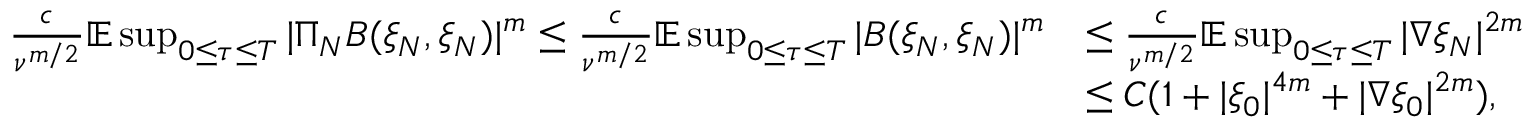
\begin{array} { r l } { \frac { c } { \nu ^ { m / 2 } } \mathbb { E } \operatorname* { s u p } _ { 0 \leq \tau \leq T } | \Pi _ { N } B ( \xi _ { N } , \xi _ { N } ) | ^ { m } \leq \frac { c } { \nu ^ { m / 2 } } \mathbb { E } \operatorname* { s u p } _ { 0 \leq \tau \leq T } | B ( \xi _ { N } , \xi _ { N } ) | ^ { m } } & { \leq \frac { c } { \nu ^ { m / 2 } } \mathbb { E } \operatorname* { s u p } _ { 0 \leq \tau \leq T } | \nabla \xi _ { N } | ^ { 2 m } } \\ & { \leq C ( 1 + | \xi _ { 0 } | ^ { 4 m } + | \nabla \xi _ { 0 } | ^ { 2 m } ) , } \end{array}